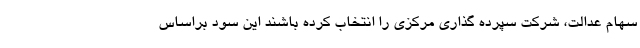
سهام عدالت، شرکت سپرده گذاری مرکزی را انتخاب کرده باشند این سود براساس